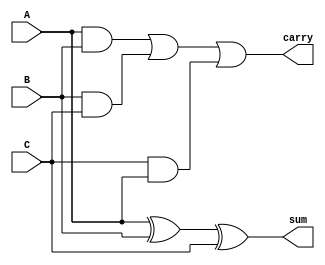
module FullAdder(A,B,C,sum, carry);
	input A,B,C;
	output sum,carry;
	
	assign sum = A^B^C;
	assign carry = (A&B) | (B&C) | (C&A);
	
endmodule